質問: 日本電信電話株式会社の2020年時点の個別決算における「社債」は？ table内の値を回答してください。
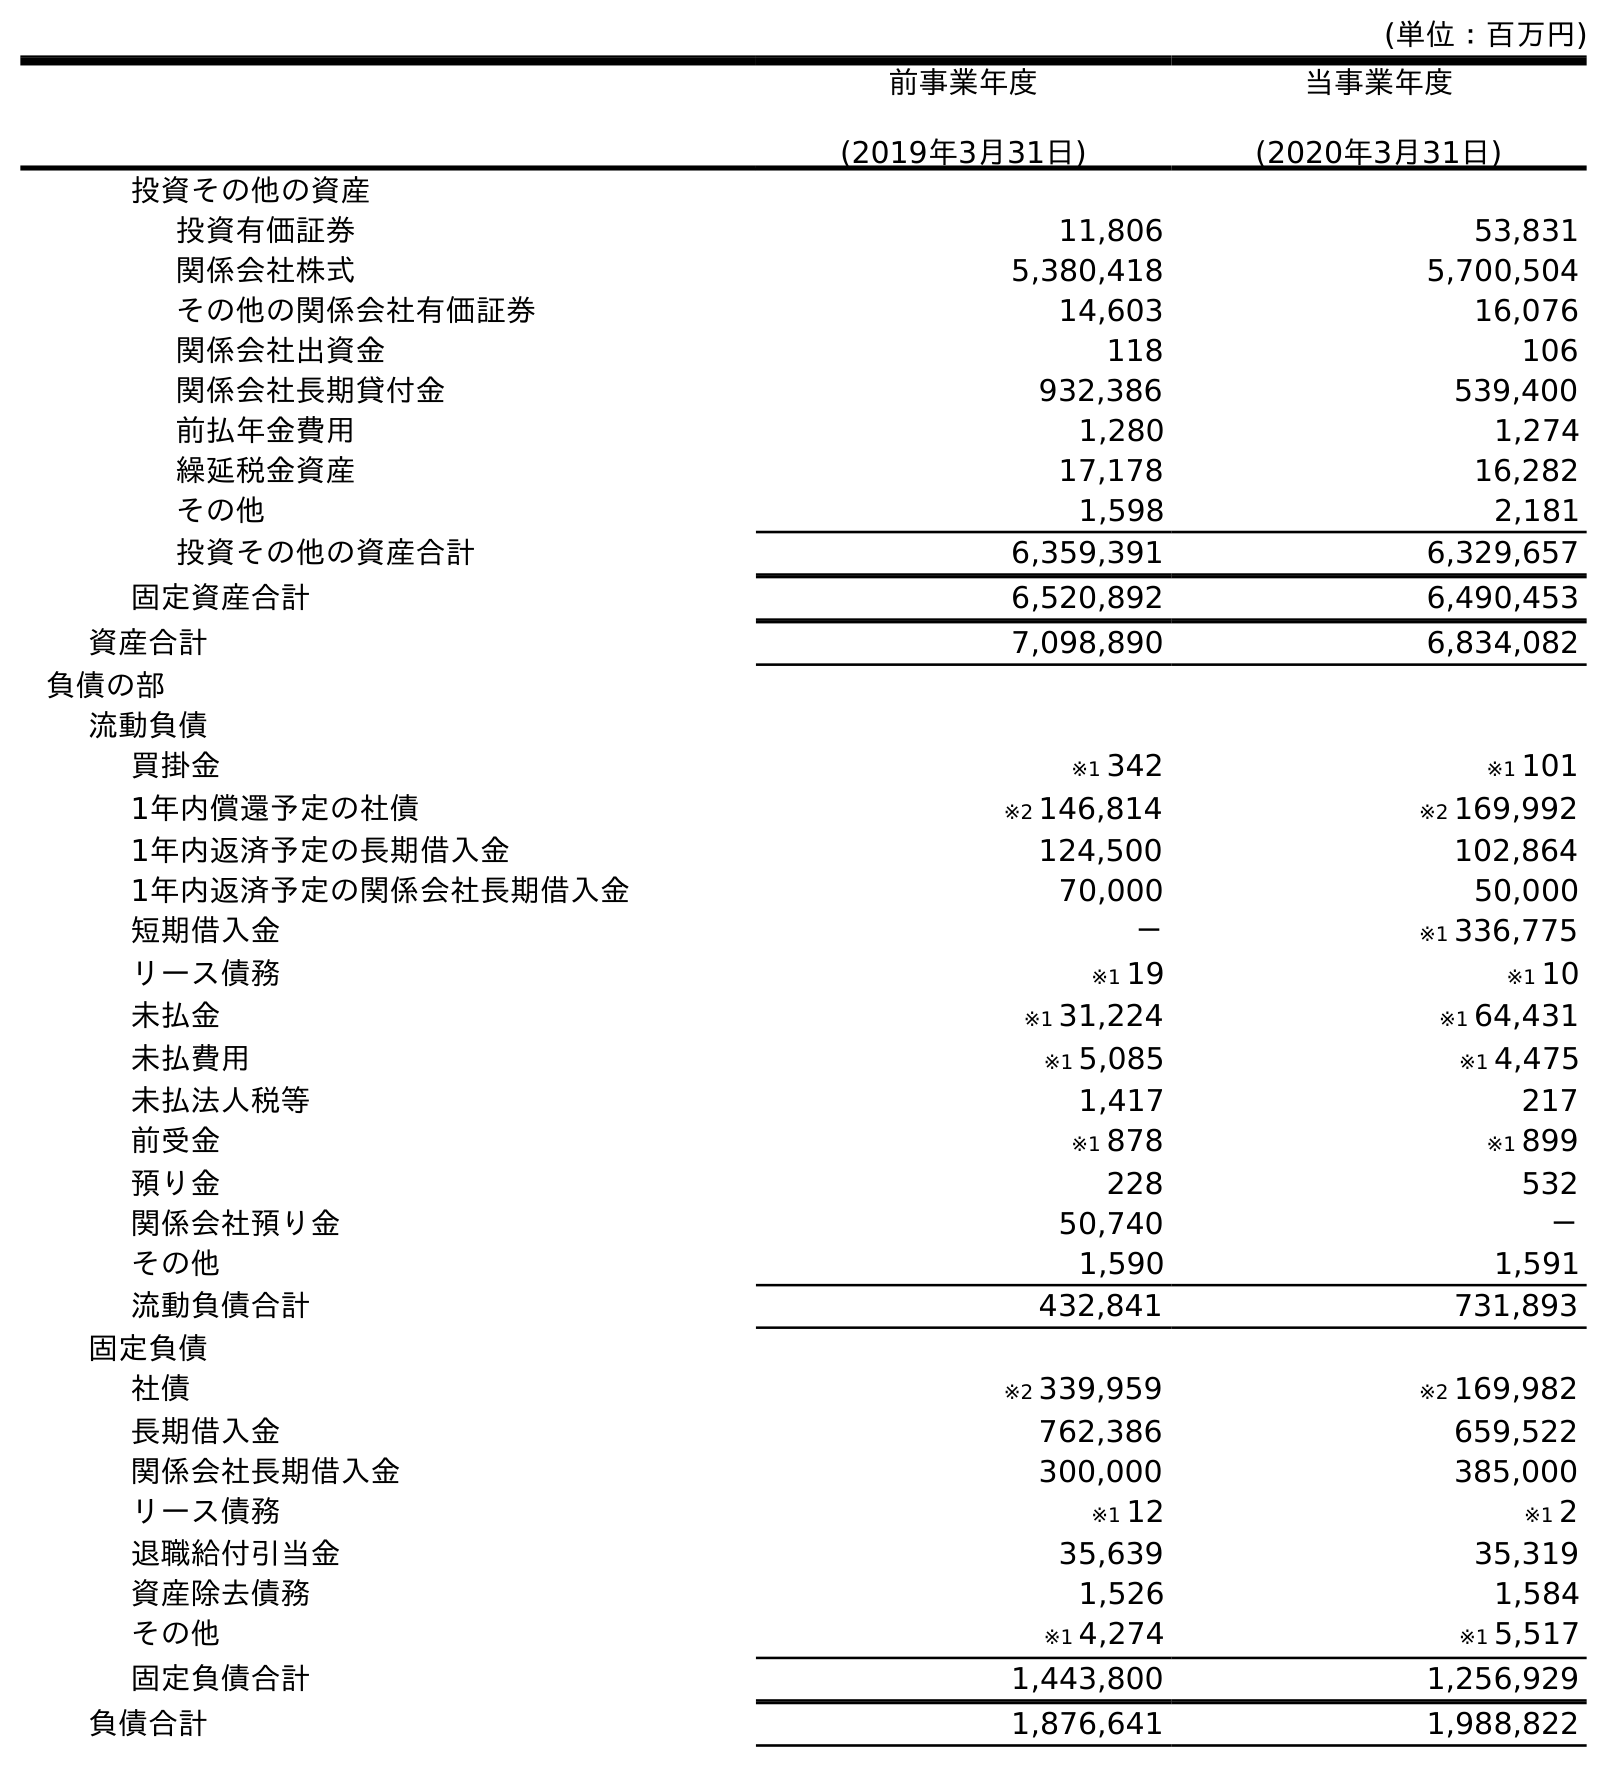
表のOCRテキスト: (単位：百万円) 前事業年度 (2019年3月31日) 当事業年度 (2020年3月31日) 投資その他の資産 投資有価証券 11,806 53,831 関係会社株式 5,380,418 5,700,504 その他の関係会社有価証券 14,603 16,076 関係会社出資金 118 106 関係会社長期貸付金 932,386 539,400 前払年金費用 1,280 1,274 繰延税金資産 17,178 16,282 その他 1,598 2,181 投資その他の資産合計 6,359,391 6,329,657 固定資産合計 6,520,892 6,490,453 資産合計 7,098,890 6,834,082 負債の部 流動負債 買掛金 ※1 342 ※1 101 1年内償還予定の社債 ※2 146,814 ※2 169,992 1年内返済予定の長期借入金 124,500 102,864 1年内返済予定の関係会社長期借入金 70,000 50,000 短期借入金 － ※1 336,775 リース債務 ※1 19 ※1 10 未払金 ※1 31,224 ※1 64,431 未払費用 ※1 5,085 ※1 4,475 未払法人税等 1,417 217 前受金 ※1 878 ※1 899 預り金 228 532 関係会社預り金 50,740 － その他 1,590 1,591 流動負債合計 432,841 731,893 固定負債 社債 ※2 339,959 ※2 169,982 長期借入金 762,386 659,522 関係会社長期借入金 300,000 385,000 リース債務 ※1 12 ※1 2 退職給付引当金 35,639 35,319 資産除去債務 1,526 1,584 その他 ※1 4,274 ※1 5,517 固定負債合計 1,443,800 1,256,929 負債合計 1,876,641 1,988,822
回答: ※2169,982